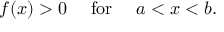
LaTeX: f ( x ) > 0 \quad { \mathrm { ~ f o r ~ } } \quad a < x < b .